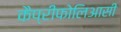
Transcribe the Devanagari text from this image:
कैप्रीफोलिआसी